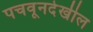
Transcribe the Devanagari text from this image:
पचवूनदेखील